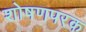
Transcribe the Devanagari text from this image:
शोषणपरक